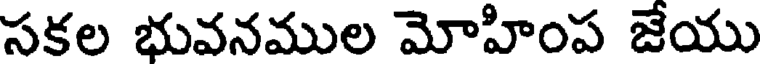
సకల భువనముల మోహింప జేయు